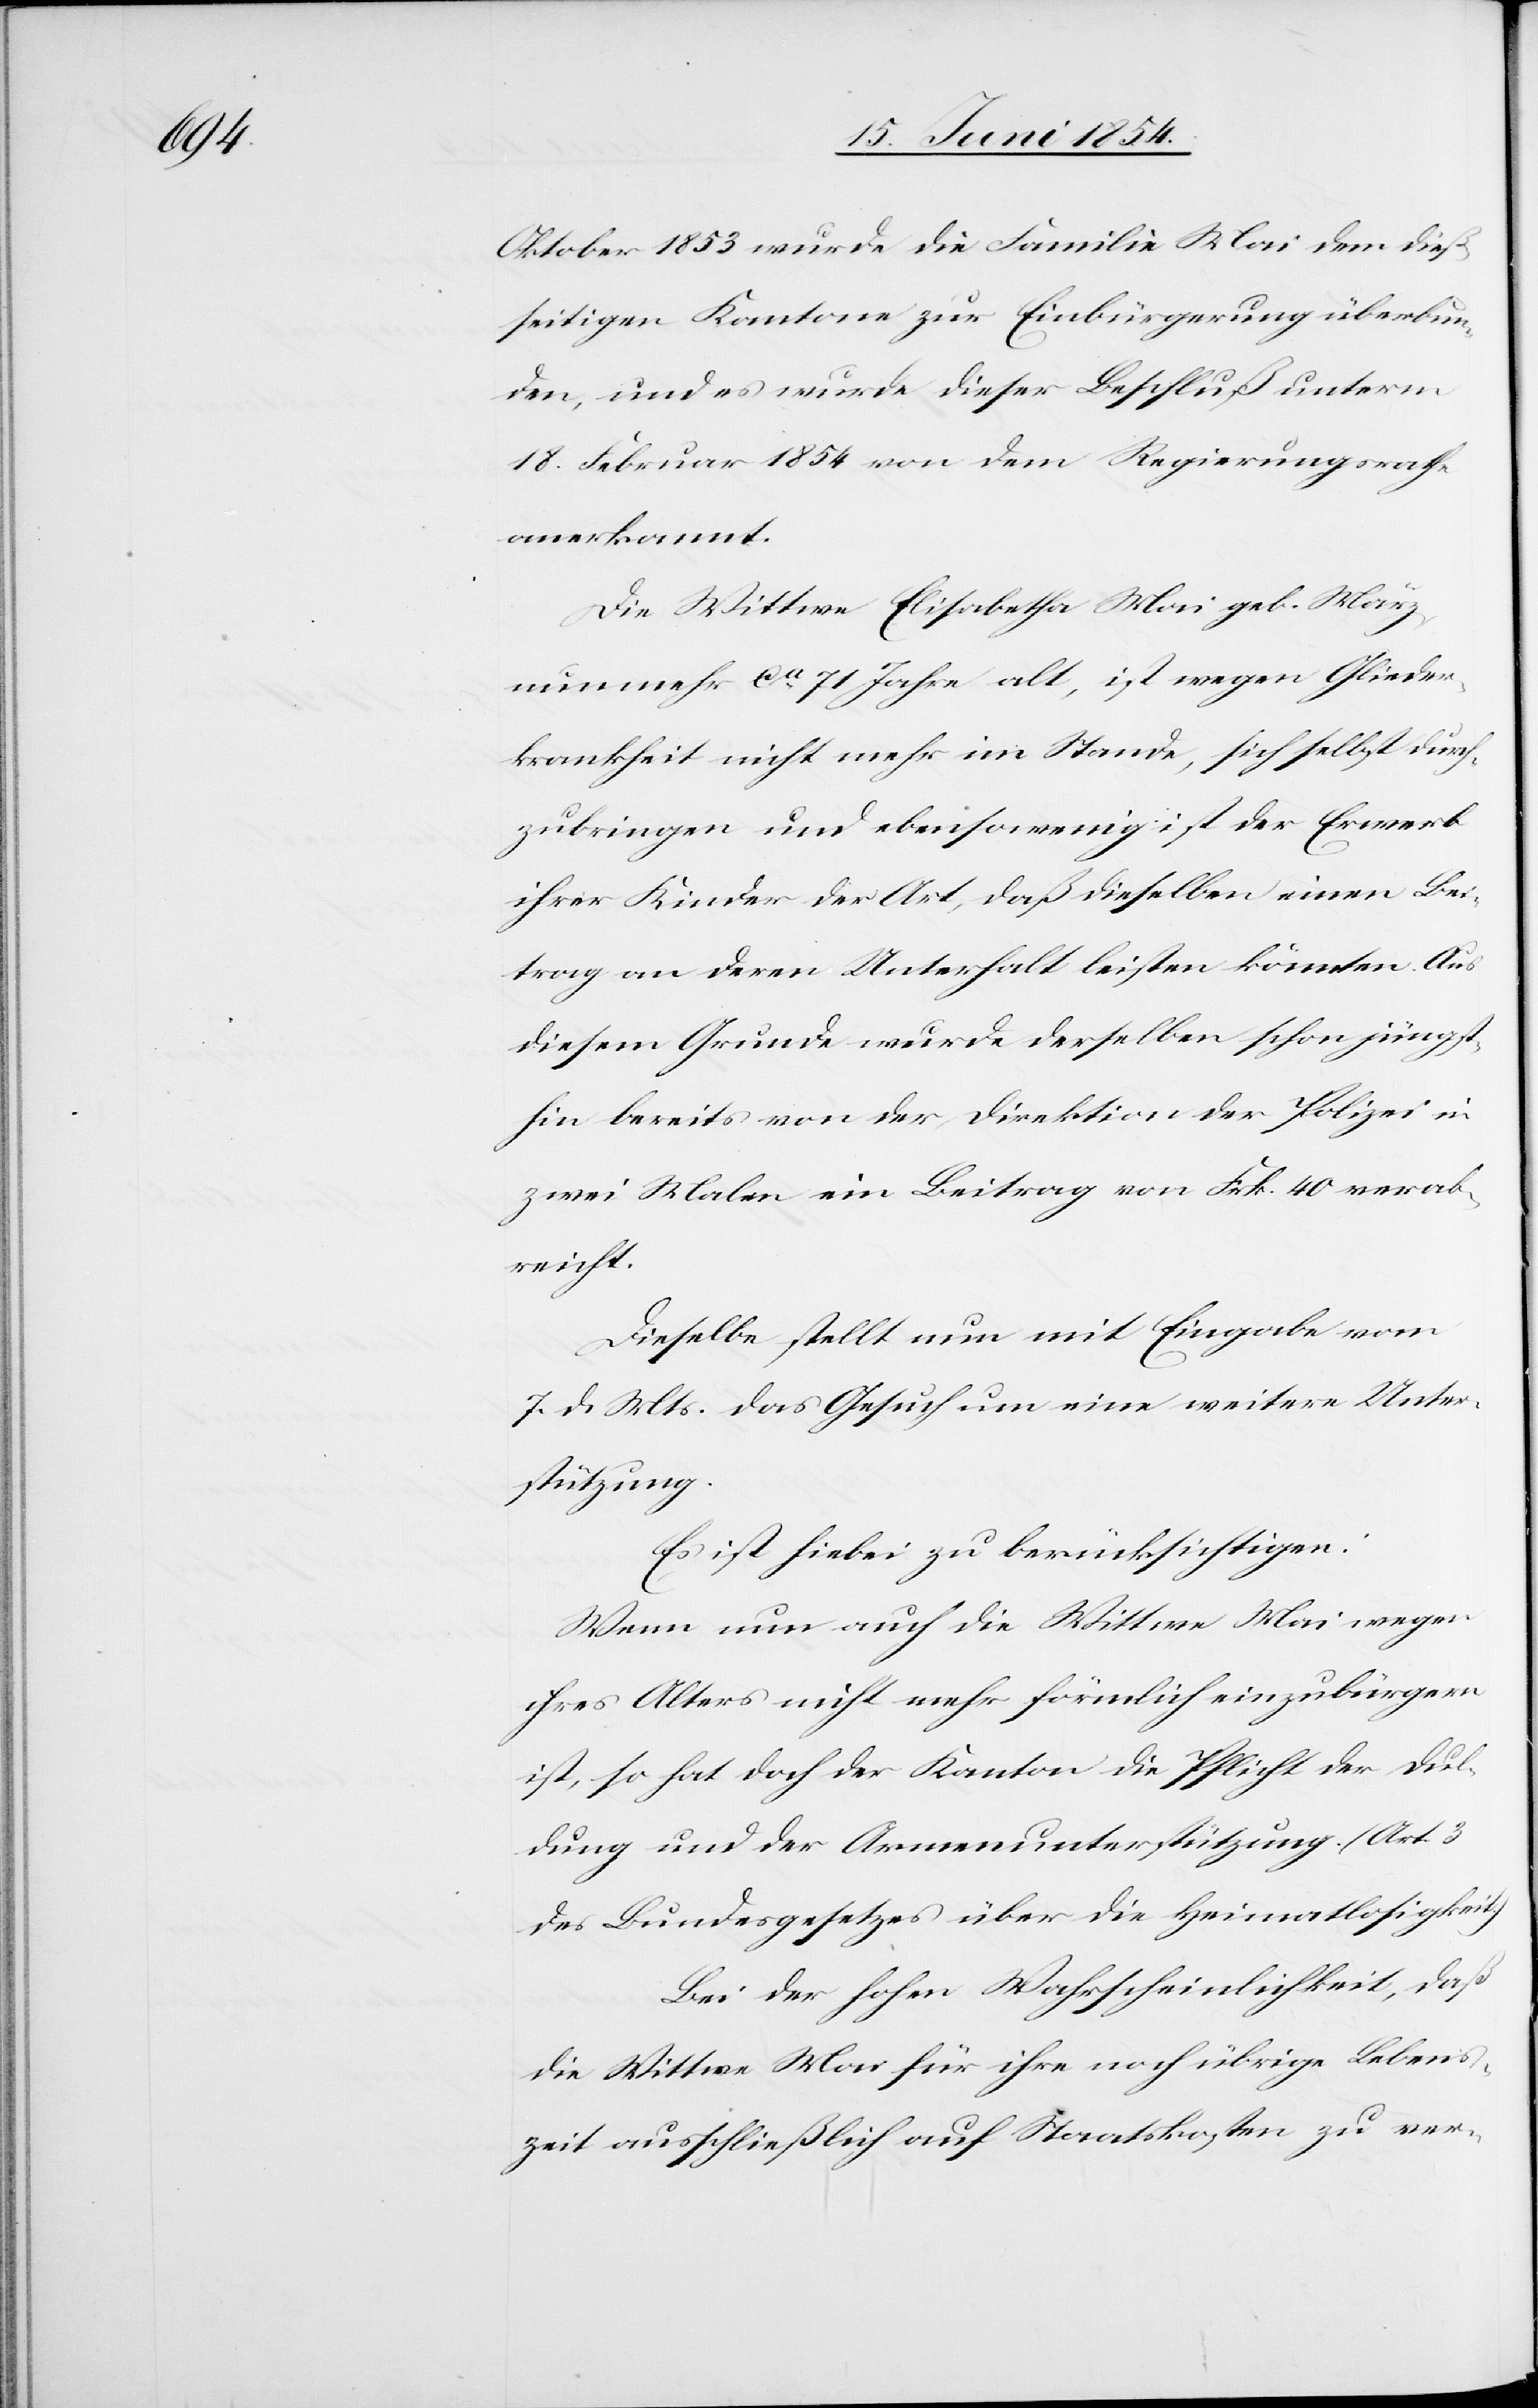
Oktober 1853 wurde die Familie Mai dem dieß¬
seitigen Kantone zur Einbürgerung überbun¬
den, und es wurde dieser Beschluß unterm
18. Februar 1854 von dem Regierungsrathe
anerkannt.
Die Wittwe Elisabetha Mai geb. März
nunmehr ca 71 Jahre alt, ist wegen Glieder¬
krankheit nicht mehr im Stande, sich selbst durch¬
zubringen und ebensowenig ist der Erwerb
ihrer Kinder der Art, daß dieselben einen Bei¬
trag an deren Unterhalt leisten könnten. Aus
diesem Grunde wurde derselben schon jüngst¬
hin bereits von der Direktion der Polizei in
zwei Malen ein Beitrag von Frk. 40 verab¬
reicht.
Dieselbe stellt nun mit Eingabe vom
7. d. Mts das Gesuch um eine weitere Unter¬
stützung.
Es ist hiebei zu berücksichtigen:
Wenn nun auch die Wittwe Mai wegen
ihres Alters nicht mehr förmlich einzubürgern
ist, so hat doch der Kanton die Pflicht der Dul¬
dung und der Armenunterstützung. (Art. 3
des Bundesgesetzes über die Heimatlosigkeit.)
Bei der hohen Wahrscheinlichkeit, daß
die Wittwe für ihre noch übrige Lebens¬
zeit ausschließlich auf Staatskosten zu ver-